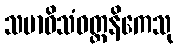
သမာဓိသံဝတ္တနိကေသု